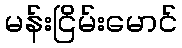
မန်းငြိမ်းမောင်